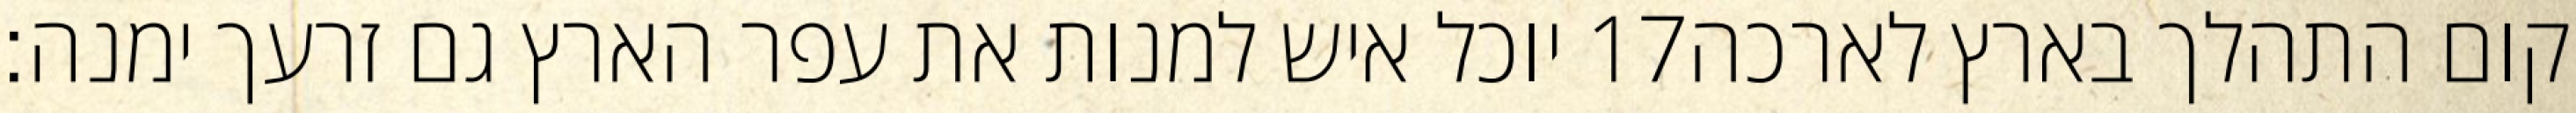
יוכל איש למנות את עפר הארץ גם זרעך ימנה׃ ‎17‏ קום התהלך בארץ לארכה